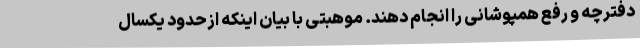
دفترچه و رفع همپوشانی را انجام دهند. موهبتی با بیان اینکه ازحدود یکسال